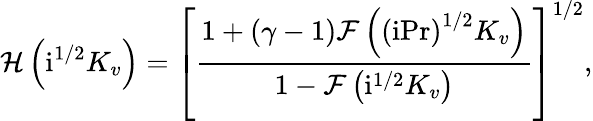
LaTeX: \mathcal{H}\left(\mathrm{i}^{1/2}K_{v}\right)=\left[\frac{1+\left(\gamma-1\right)\mathcal{F}\left(\left(\mathrm{i}\mathrm{Pr}\right)^{1/2}K_{v}\right)}{1-\mathcal{F}\left(\mathrm{i}^{1/2}K_{v}\right)}\right]^{1/2},